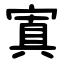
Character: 寘